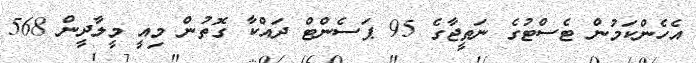
އެހެންކަމުން ޓެސްޓުގެ ނަތީޖާގެ 95 ޕަސެންޓް ދައްކާ ގޮތުން މިއީ މީލާދީން 568